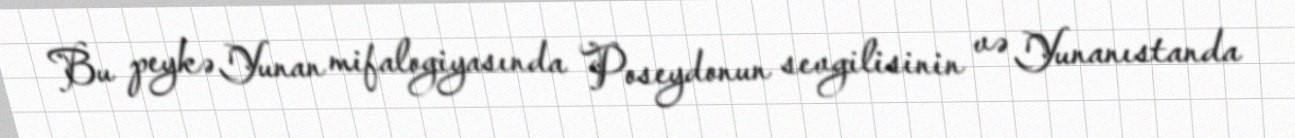
Bu peykə Yunan mifalogiyasında Poseydonun sevgilisinin və Yunanıstanda